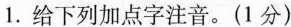
1.给下列加点字注音。(1分)